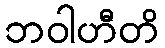
ဘဝါဟီတိ